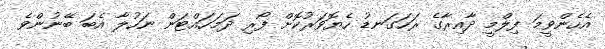
އެހެންވީމަ ފިލްމީ ދާއިރާގެ ރަހަގަނޑު ހެޔޮވަރުކޮށް ފޯރި ދަމަހައްޓަން ނަހުލާ އެބަ ބޭނުންވެ